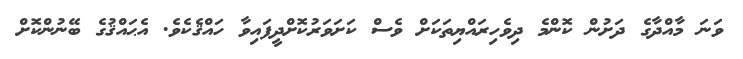
ވަނަ މާއްދާގެ ދަށުން ކޮންމެ ދިވެހިރައްޔިތަކަށް ވެސް ކަށަވަރުކޮށްދީފައިވާ ހައްޤެކެވެ. އެޙައްޤުގެ ބޭނުންކޮށް